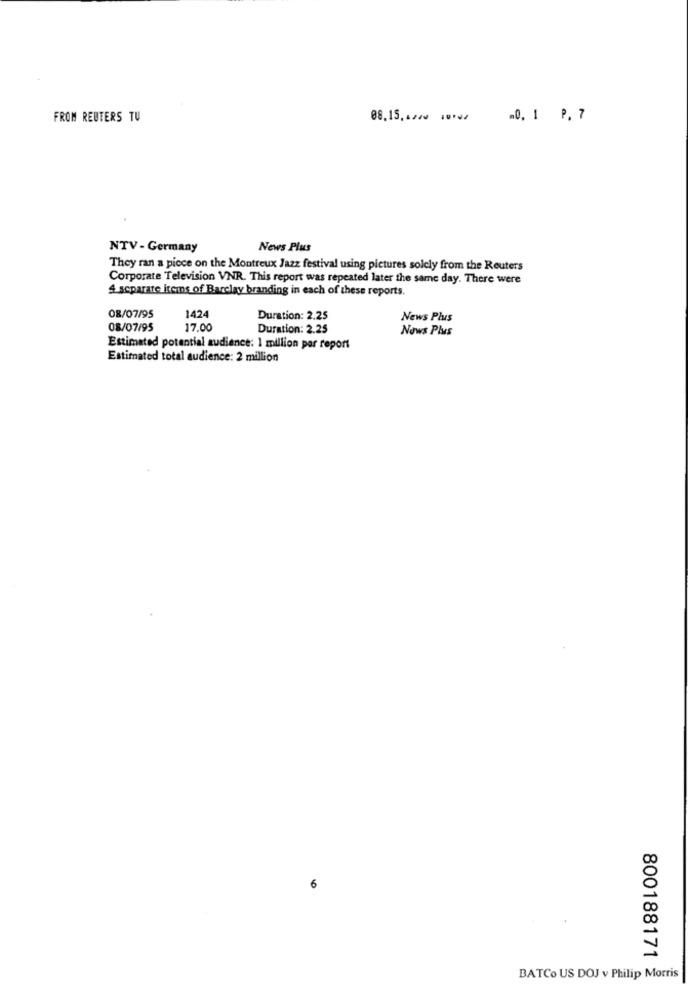
FROM REUTERS TU
08.15 ,* zw www 0, 1 P.7
NTV - Germany
News Plus
They ran a piece on the Montreux Jazz festival using pictures solely from the Reuters
Corporate Television VNR. This report was repeated later the same day. There were
4 separate items of Barclay branding in each of these reports.
08/07/95
1424
Duration: 2.25
News Plus
08/07/95
17.00
Duration: 2.25
Nows Plus
Estimated potential audience: 1 million par report
Estimated total audience: 2 million
6
800188171
BATCo US DOJ v Philip Morris